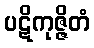
ပဋိကုဇ္ဇိတံ